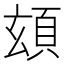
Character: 𩑹